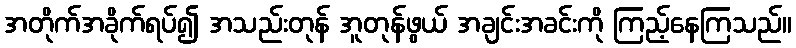
အတိုက်အခိုက်ရပ်၍ အသည်းတုန် အူတုန်ဖွယ် အချင်းအခင်းကို ကြည့်နေကြသည်။